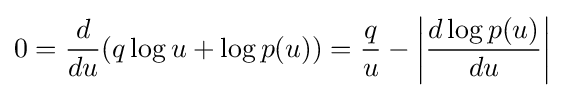
0={\frac {d}{du}}(q\log u+\log p(u))={\frac {q}{u}}-\left|{\frac {d\log p(u)}{du}}\right|